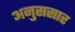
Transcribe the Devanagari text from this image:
अनुससार